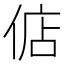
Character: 𫢶